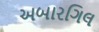
અબારગિલ